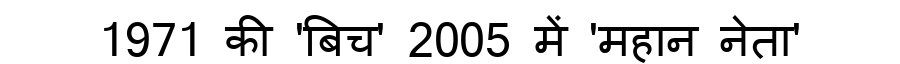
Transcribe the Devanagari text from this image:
1971 की 'बिच' 2005 में 'महान नेता'